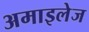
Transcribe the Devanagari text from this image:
अमाइलेज